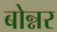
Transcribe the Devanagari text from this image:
बोन्नर